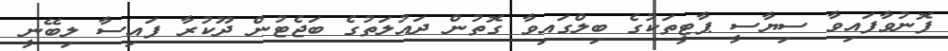
ފޮނުވާފައިވާ ސިޔާސީ ޕާޓީތަކުގެ ބިލްގައިވާ ގޮތުން ދައުލަތުގެ ބަޖެޓުން ދޫކުރާ ފައިސާ ލިބޭނީ